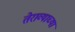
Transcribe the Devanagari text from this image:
तेराव्याच्या